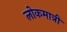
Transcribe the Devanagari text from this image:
लोकमात्री